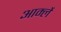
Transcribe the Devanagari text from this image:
आर्म्ले